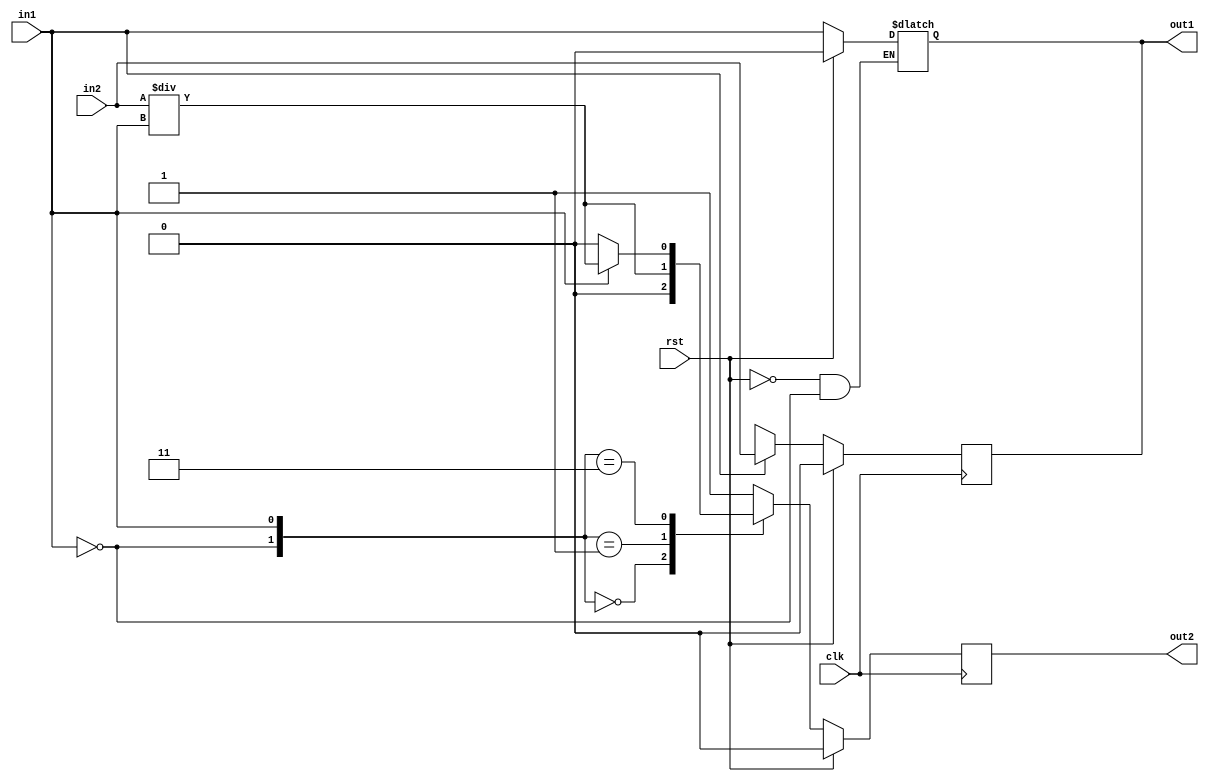
module top(clk, rst, in1, in2, out1, out2);
input clk, rst, in1, in2;
output reg out1, out2;
reg [1:0] cs, ns;
reg r1;
wire a;

//memory state
always @(posedge clk)//NOTE : maybe we should write here posedge rst
if (rst)
	cs <= 0;
else 
	cs <= ns; 

//next state logic
always @ (*) begin
	case (cs)
		0 	: ns <= 1;
		1  	: ns <= 1; //NOTE : FSM Deadlock
		2  	: ns <= in1; //NOTE : unreachable state
		default	: ns <= 0;
	endcase
end


assign a = ~in1 ;

//
always @ (posedge clk) begin //NOTE : maybe we should write here posedge rst
if (rst)
  out2 <= 1'b0;
else
  case ( {a,in1} )
    2'b00: out2 <= 1'b0; //NOTE : unreachable state
    2'b01: out2 <= in2/in1;  //wont be reported by super linter 
    2'b11: out2 <= in1 ? in2/in1 : 1'b0;  //wont be reported by super linter //NOTE : unreachable state 
		default: out2 <= 1'b1;
  endcase
end

always @ (*)//Error : multiple always block for the same event
	if (rst)
	     out1 <= 1'b0;
	else
		if (in1)
			out1 <= in1;//Error : latch out1 


always @(posedge clk)
  r1 <= 1'b0; //Error : latch for r1


always @(posedge clk) 
	if (rst)
		out1 <= 1'b0 ;
	else
		if (in1)
			out1<= in2;
		else
			out1<= 1'bx;

endmodule